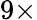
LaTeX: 9\times